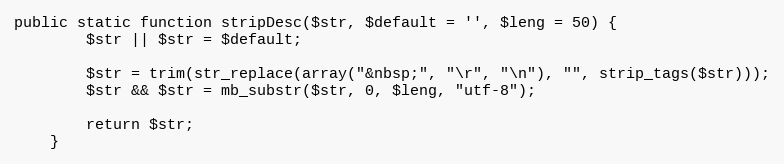
Language: PHP
public static function stripDesc($str, $default = '', $leng = 50) {
		$str || $str = $default;

		$str = trim(str_replace(array("&nbsp;", "\r", "\n"), "", strip_tags($str)));
		$str && $str = mb_substr($str, 0, $leng, "utf-8");

		return $str;
	}